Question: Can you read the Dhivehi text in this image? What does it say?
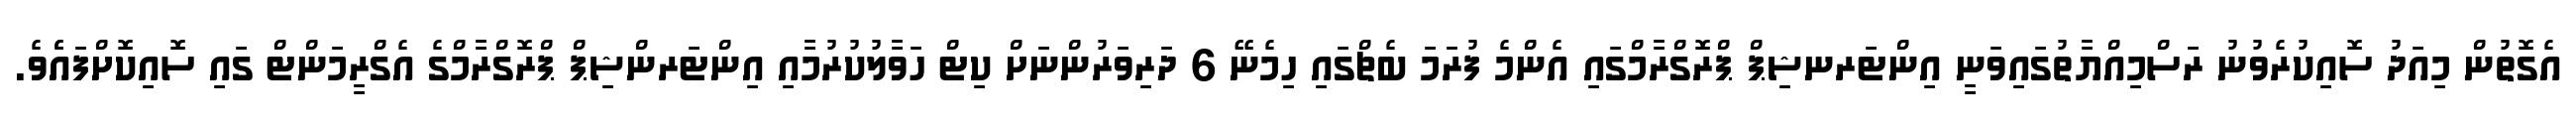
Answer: އެގޮތުން މިއަދު ސޮއިކުރެވުނު ރަސްމިއްޔާތުގައިވަނީ އިންޓަރނޝިޕް ޕްރޮގްރާމްގައި އެންމެ ފުރަމަ ބެޗްގައި ހިމެނޭ 6 ދަރިވަރުންނަށް ކިޓް ހަވާލުކުރުމާއި އިންޓަރންޝިޕް ޕްރޮގްރާމްގެ އެގްރީމަންޓް ގައި ސޮއިކޮށްފައެެވެ.